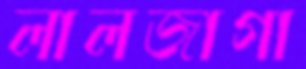
লালজাগা